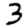
Digit: 3